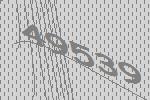
49539